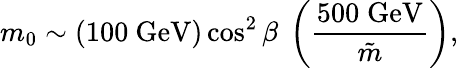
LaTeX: m_{0}\sim{(100\ \mathrm{GeV})}\cos^{2}{\beta}\ \left({\frac{500\; \mathrm{GeV}}{\tilde{m}}}\right),